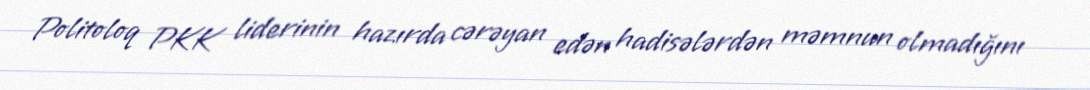
Politoloq PKK liderinin hazırda cərəyan edən hadisələrdən məmnun olmadığını